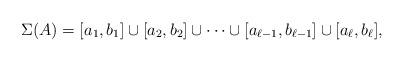
LaTeX: \begin{align*}\Sigma(A)=[a_{1},b_{1}] \cup [a_{2},b_{2}] \cup \cdots \cup [a_{\ell-1},b_{\ell-1}]\cup [a_{\ell},b_{\ell}], \end{align*}